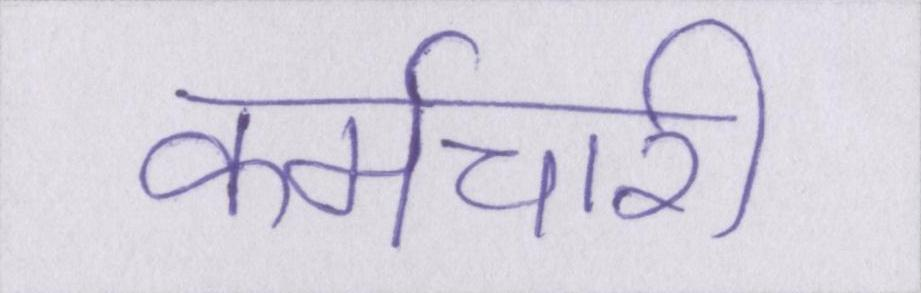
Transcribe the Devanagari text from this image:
कर्मचारी